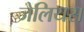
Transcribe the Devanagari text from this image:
जेलियस